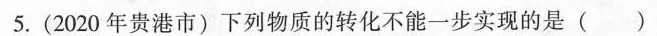
5.(2020 年贵港市)下列物质的转化不能一步实现的是( )